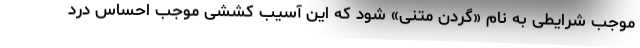
موجب شرایطی به نام «گردن متنی» شود که این آسیب کششی موجب احساس درد